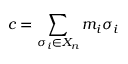
c = \sum _ { \sigma _ { i } \in X _ { n } } m _ { i } \sigma _ { i }